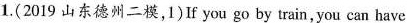
1.(2019 山东德州二模,1)If you go by train，you can have